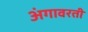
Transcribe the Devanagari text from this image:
अंगावरती